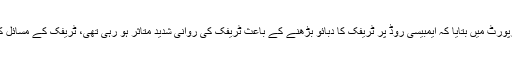
سی ڈی اے نے وزیر مملکت کو پیش کردہ اپنی رپورٹ میں بتایا کہ ایمبیسی روڈ پر ٹریفک کا دبائو بڑھنے کے باعث ٹریفک کی روانی شدید متاثر ہو رہی تھی، ٹریفک کے مسائل کے حل کیلئے ایمبیسی روڈ کی توسیع ناگزیر تھی۔